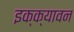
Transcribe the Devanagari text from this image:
इक्क्यावन